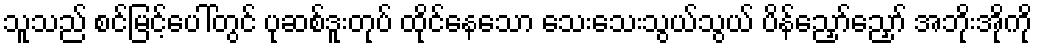
သူသည် စင်မြင့်ပေါ်တွင် ပုဆစ်ဒူးတုပ် ထိုင်နေသော သေးသေးသွယ်သွယ် ပိန်ညှော်ညှော် အဘိုးအိုကို